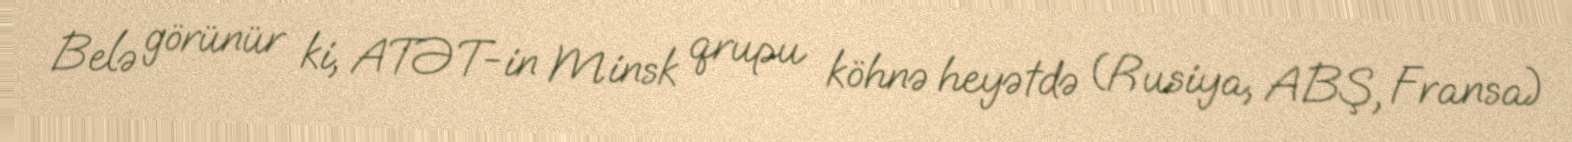
Belə görünür ki, ATƏT-in Minsk qrupu köhnə heyətdə (Rusiya, ABŞ, Fransa)